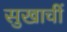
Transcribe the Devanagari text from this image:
सुखाचीं